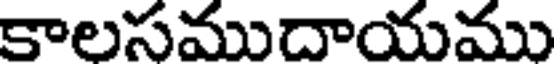
కాలసముదాయము